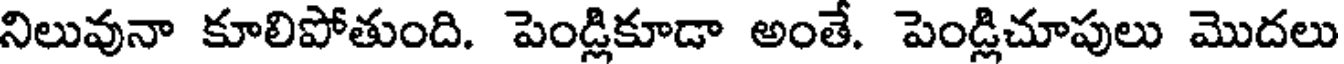
నిలువునా కూలిపోతుంది. పెండ్లికూడా అంతే. పెండ్లిచూపులు మొదలు